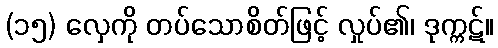
(၁၅) လှေကို တပ်သောစိတ်ဖြင့် လှုပ်၏၊ ဒုက္ကဋ်။